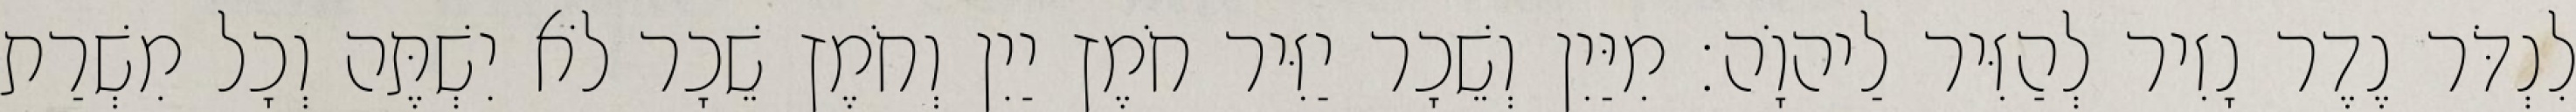
לִנְדֹּר נֶדֶר נָזִיר לְהַזִּיר לַיהוָֹה׃ מִיַּיִן וְשֵׁכָר יַזִּיר חֹמֶץ יַיִן וְחֹמֶץ שֵׁכָר לֹא יִשְׁתֶּה וְכָל מִשְׁרַת